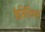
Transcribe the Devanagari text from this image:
कैसिलिअस